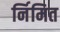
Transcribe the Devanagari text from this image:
र्निमित